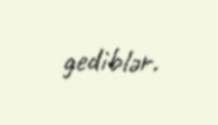
gediblər.